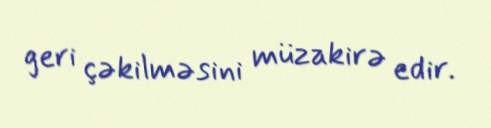
geri çəkilməsini müzakirə edir.